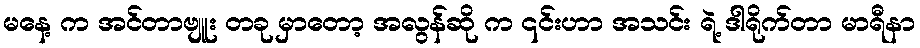
မနေ့ က အင်တာဗျူး တခု မှာတော့ အလွန်ဆို က ၎င်းဟာ အသင်း ရဲ့ ဒါရိုက်တာ မာရီနာ